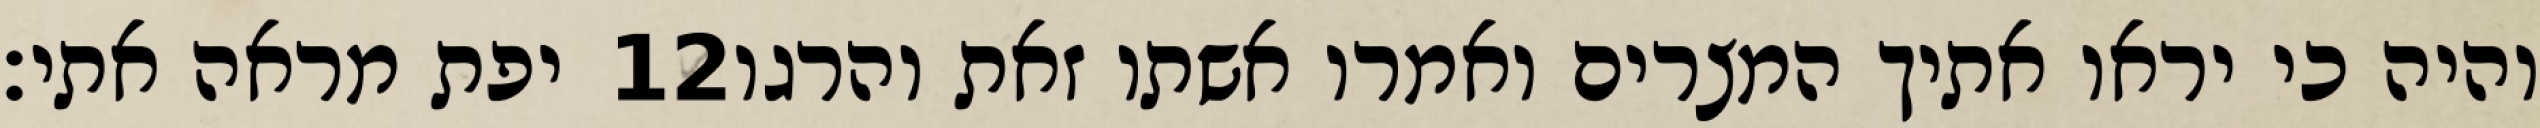
יפת מראה אתי׃ ‎12‏ והיה כי יראו אתיך המצרים ואמרו אשתו זאת והרגו